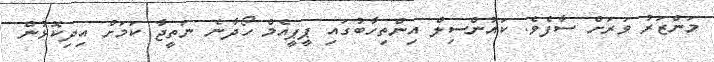
މަންޒަރު ވަަރަށް ސާފެވެ. ކައުންސިލް އިންތިހާބުގައި ޕީޕީއެމް ހޯދާނެ ނަތީޖާ ކަމަށް އިދިކޮޅުން